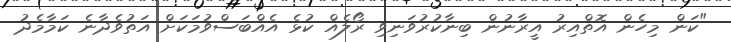
"ކަން މިހެން އޮތްއިރު އީރާނުން ބިނާކުރުވަނިވި ރޯލެއް ކުޅެ އެއްބަސްވުމަކަށް އަތުވެދާނެ ކަމާމެދު